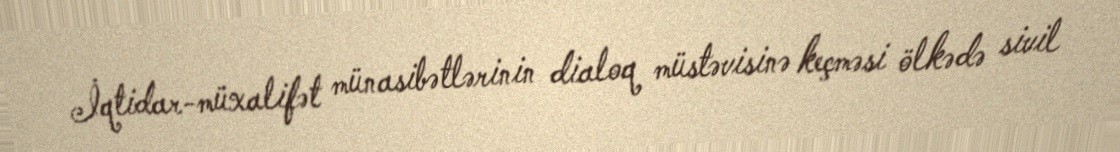
İqtidar-müxalifət münasibətlərinin dialoq müstəvisinə keçməsi ölkədə sivil